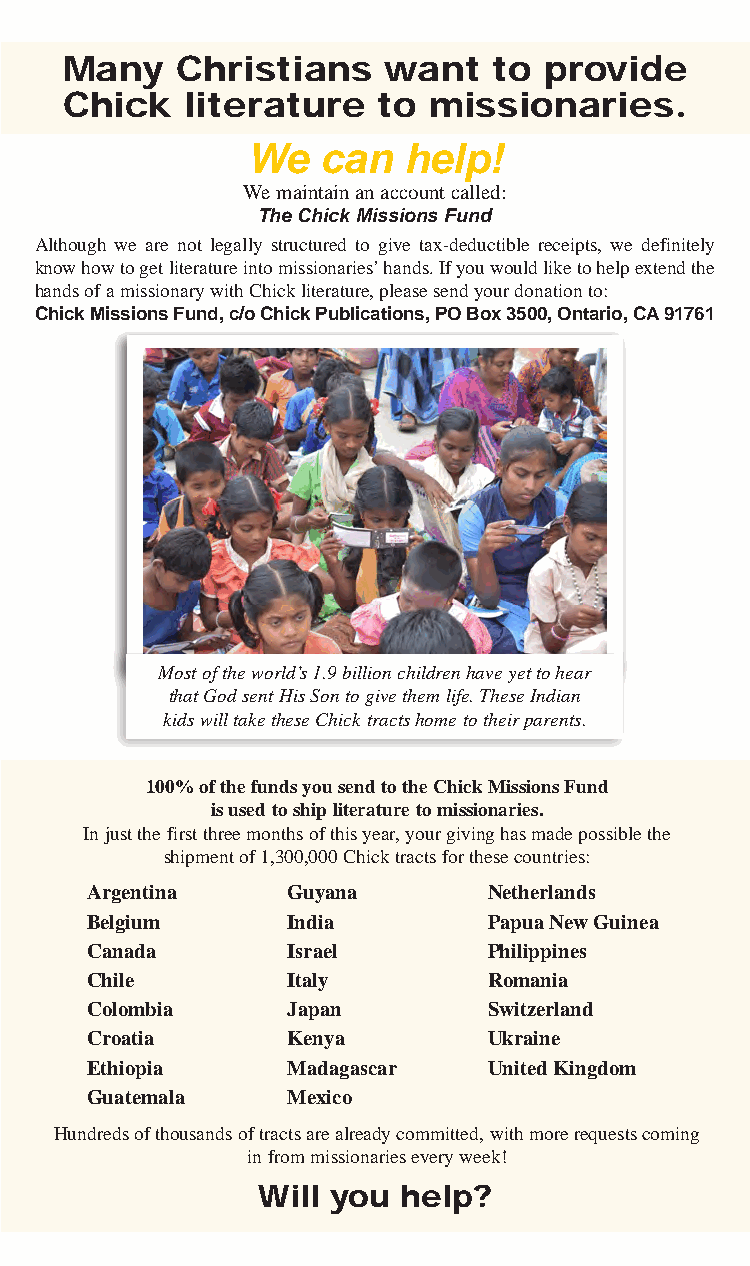
Sep/Oct 2018 - BattleCry                  11
 Many    Christians    want   to provide
 Chick   literature   to missionaries.
 We   can   help!
 We maintain an account called:
 The Chick Missions Fund
 Although we are not legally structured to give tax-deductible receipts, we definitely
 know how to get literature into missionaries’ hands. If you would like to help extend the
 hands of a missionary with Chick literature, please send your donation to:
 Chick Missions Fund, c/o Chick Publications, PO Box 3500, Ontario, CA 91761
 Most of the world’s 1.9 billion children have yet to hear
 that God sent His Son to give them life. These Indian
 kids will take these Chick tracts home to their parents.
 100% of the funds you send to the Chick Missions Fund
 is used to ship literature to missionaries.
 In just the first three months of this year, your giving has made possible the
 shipment of 1,300,000 Chick tracts for these countries:
 Argentina    Guyana       Netherlands
 Belgium      India        Papua New Guinea
 Canada       Israel       Philippines
 Chile        Italy        Romania
 Colombia     Japan        Switzerland
 Croatia      Kenya        Ukraine
 Ethiopia     Madagascar   United Kingdom
 Guatemala    Mexico
 Hundreds of thousands of tracts are already committed, with more requests coming
 in from missionaries every week!
 Will you  help?